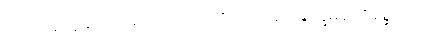
ကျော်စောမှုနှင့်ဆိုင်သောအပိုင်းကို၎င်း။ အဘိနိက္ခမနပရိစ္ဆေဒေါ၊